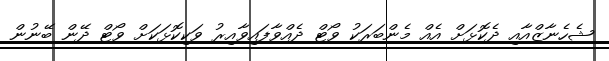
ޝެހެނާޒްއާއި ދެކޮޅަށް އެއް މެންބަރަކު ވޯޓް ދެއްވާފައިވާއިރު ވަކިކޮޅަކަށް ވޯޓް ދޭން ބޭނުން